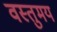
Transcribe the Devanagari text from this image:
वस्तुमय